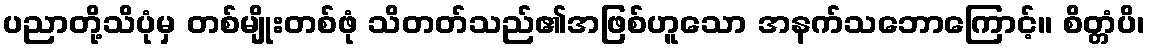
ပညာတို့သိပုံမှ တစ်မျိုးတစ်ဖုံ သိတတ်သည်၏အဖြစ်ဟူသော အနက်သဘောကြောင့်။ စိတ္တံပိ၊